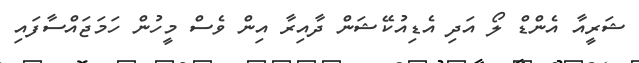
ޝަރީއާ އެންޑް ލޯ އަދި އެޑިއުކޭޝަން ދާއިރާ އިން ވެސް މީހުން ހަމަޖައްސާފައި